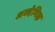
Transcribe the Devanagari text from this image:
अक्देनिझ